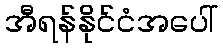
အီရန်နိုင်ငံအပေါ်